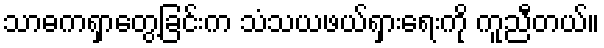
သာဓကရှာတွေ့ခြင်းက သံသယဖယ်ရှားရေးကို ကူညီတယ်။